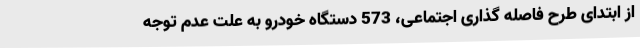
از ابتدای طرح فاصله گذاری اجتماعی، 573 دستگاه خودرو به علت عدم توجه